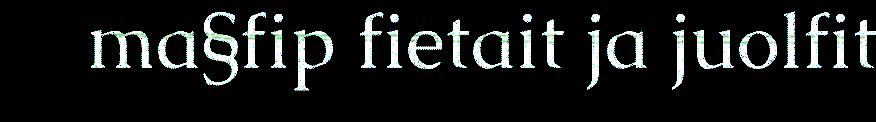
ma§fip fietait ja juolfit